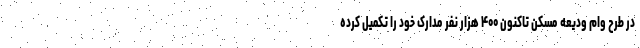
در طرح وام ودیعه مسکن تاکنون ۴۰۰ هزار نفر مدارک خود را تکمیل کرده